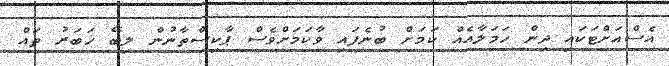
އެސްއަށްޓަކައި ދިން ހަމަލާއެއް ކަމަށް ބުނެފައި ވާކަމަށްވެސް ޕާކިސްތާނުން ލިބޭ ޚަބަރު ތައް